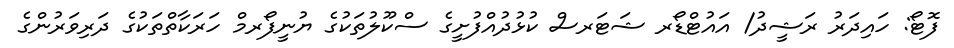
ފޮޓޯ: ހައިދަރު ރަޝީދު/ އައުޓްޑޯރ ޝަޓަރސް ކުޅުދުއްފުށީގެ ސްކޫލުތަކުގެ ޔުނީފޯރމް ހަރަކާތްތަކުގެ ދަރިވަރުންގެ